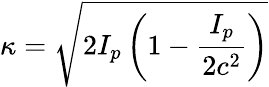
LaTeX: \kappa=\sqrt{2I_{p}\left(1-\frac{I_{p}}{2c^{2}}\right)}